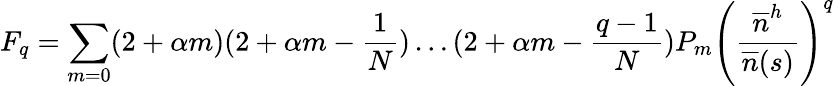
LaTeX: F_{q}=\sum_{m=0}(2+\alpha m)(2+\alpha m-\frac{1}{N})\dots(2+\alpha m-\frac{q-1}{N})P_{m}\left(\frac{\overline{{n}}^{h}}{\overline{{n}}(s)}\right)^{q}